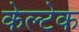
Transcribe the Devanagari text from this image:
केल्टेक